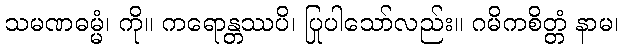
သမဏဓမ္မံ၊ ကို။ ကရောန္တဿပိ၊ ပြုပါသော်လည်း။ ဂမိကစိတ္တံ နာမ၊